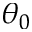
\theta _ { 0 }